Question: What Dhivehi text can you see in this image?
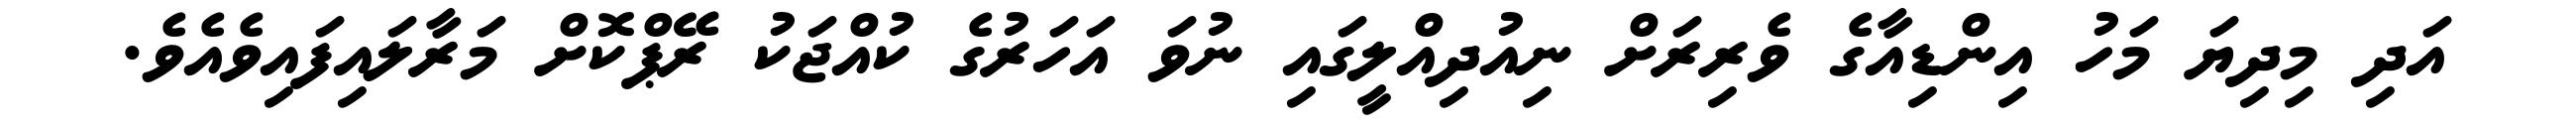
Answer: އަދި މިދިޔަ މަހު އިންޑިއާގެ ވެރިރަށް ނިއުދިއްލީގައި ނުވަ އަހަރުގެ ކުއްޖަކު ރޭޕްކޮށް މަރާލައިފައިވެއެވެ.